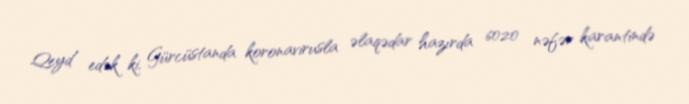
Qeyd edək ki, Gürcüstanda koronavirusla əlaqədar hazırda 6020 nəfər karantində